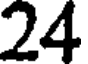
24